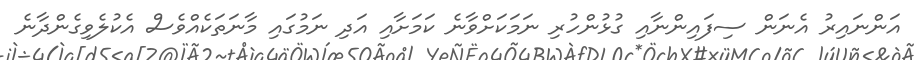
އަންނައިރު އެނަން ސިފައިންނާއި ގުޅުންހުރި ނަމަކަށްވާނެ ކަމަށާއި އަދި ނަމުގައި މާނަތަކެއްވެސް އެކުލެވިގެންދާނެ